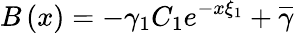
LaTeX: B\left(x\right)=-\gamma_{1}C_{1}e^{-x\xi_{1}}+\overline{{{\gamma}}}